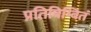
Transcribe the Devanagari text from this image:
प्रतिबिम्बितं